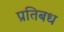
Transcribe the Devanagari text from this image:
प्रतिबध